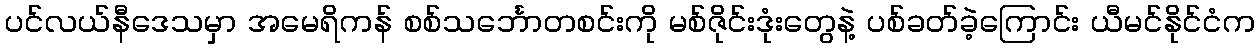
ပင်လယ်နီဒေသမှာ အမေရိကန် စစ်သင်္ဘောတစင်းကို မစ်ဇိုင်းဒုံးတွေနဲ့ ပစ်ခတ်ခဲ့ကြောင်း ယီမင်နိုင်ငံက